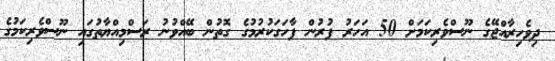
ދިވެހިރާއްޖޭގެ ނޫސްވެރިކަމަށް 50 އަހަރު ފުރުން ފާހަގަކުރުމުގެ ގޮތުން ބޭއްވުނު ރަސްމިއްޔާތުގައި ނޫސްވެރިކަމުގެ